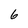
Character: 6